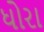
ધોરા